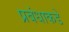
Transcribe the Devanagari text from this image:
प्रबंधाकडे